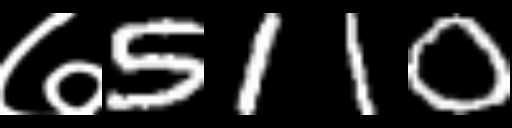
Text: ७5110